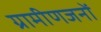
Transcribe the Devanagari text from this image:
ग्रामीणजनों